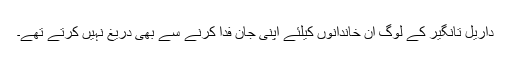
داریل تانگیر کے لوگ ان خاندانوں کیلئے اپنی جان فدا کرنے سے بھی دریغ نہیں کرتے تھے۔